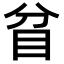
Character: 𥄟